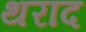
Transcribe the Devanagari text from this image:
थराद